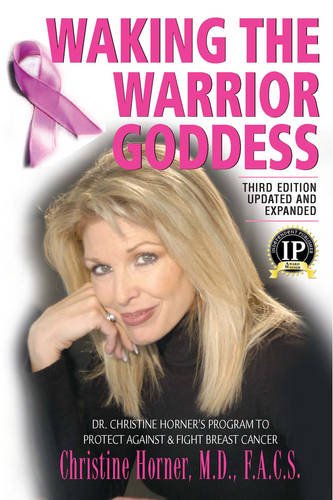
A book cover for Waking the Warrior Goddess, Third Edition: Dr. Christine Horner's Program to Protect Against & Fight Breast Cancer; M.D. F.A.C.S. Christine Horner; Health, Fitness & Dieting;